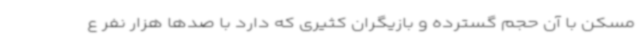
مسکن با آن حجم گسترده و بازیگران کثیری که دارد با صدها هزار نفر ع